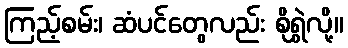
ကြည့်စမ်း၊ ဆံပင်တွေလည်း စိုရွှဲလို့။